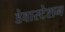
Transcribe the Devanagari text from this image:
डेवास्टेशन